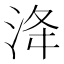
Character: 洚